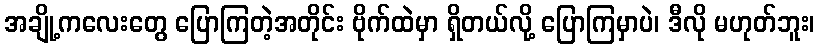
အချို့ကလေးတွေ ပြောကြတဲ့အတိုင်း ဗိုက်ထဲမှာ ရှိတယ်လို့ ပြောကြမှာပဲ၊ ဒီလို မဟုတ်ဘူး၊